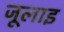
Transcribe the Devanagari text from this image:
जूलाइ